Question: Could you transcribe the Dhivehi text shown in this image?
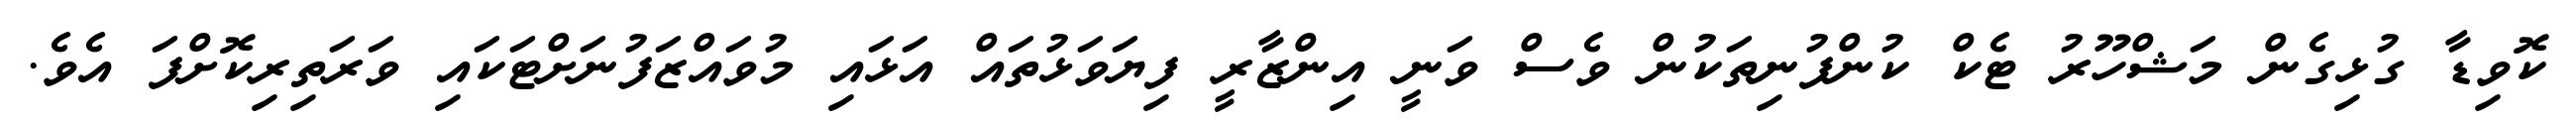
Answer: ކޮވިޑާ ގުޅިގެން މަޝްހޫރު ޓެކް ކުންފުނިތަކުން ވެސް ވަނީ އިންޒާރީ ފިޔަވަޅުތައް އަޅައި މުވައްޒަފުނަށްޓަކައި ވަރަތިރިކޮށްފަ އެވެ.